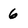
Character: 6